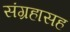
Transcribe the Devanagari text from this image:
संग्रहासह